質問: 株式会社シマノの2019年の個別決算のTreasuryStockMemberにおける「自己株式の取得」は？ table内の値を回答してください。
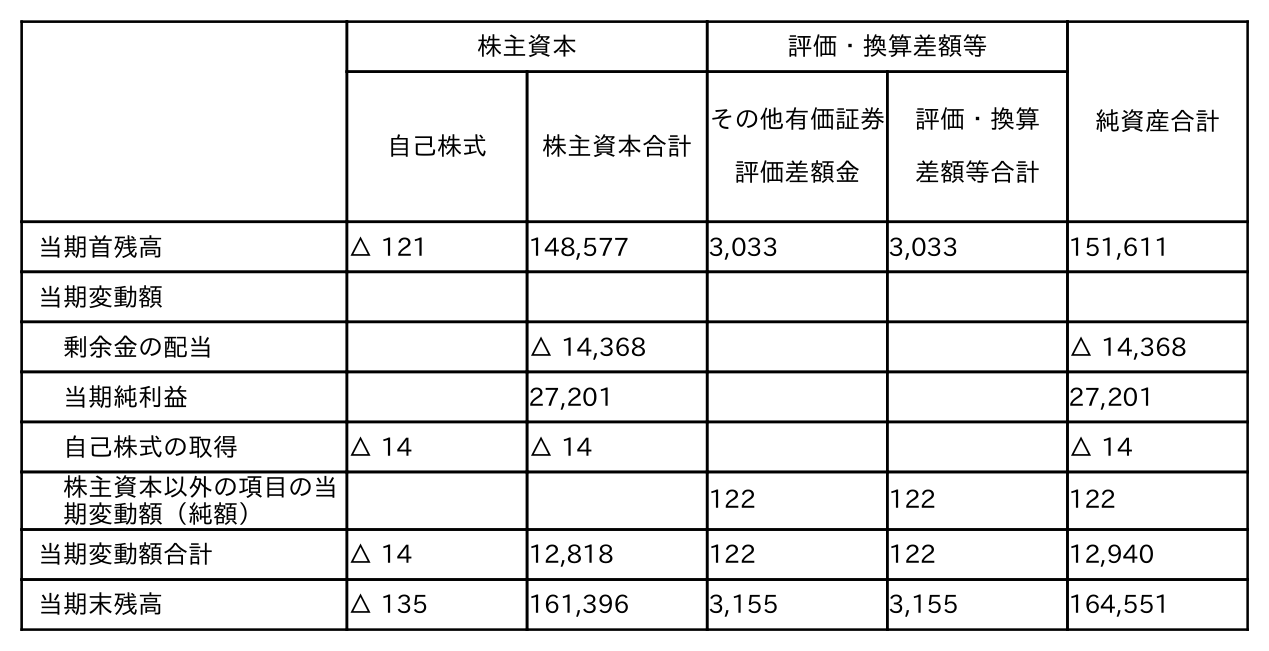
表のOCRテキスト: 株主資本 評価・換算差額等 純資産合計 自己株式 株主資本合計 その他有価証券 評価差額金 評価・換算 差額等合計 当期首残高 △ 121 148,577 3,033 3,033 151,611 当期変動額 剰余金の配当 △ 14,368 △ 14,368 当期純利益 27,201 27,201 自己株式の取得 △ 14 △ 14 △ 14 株主資本以外の項目の当 期変動額（純額） 122 122 122 当期変動額合計 △ 14 12,818 122 122 12,940 当期末残高 △ 135 161,396 3,155 3,155 164,551
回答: △14